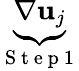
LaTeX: \underbrace{\nabla\mathbf{u}_{j}}_{\mathrm{~S~t~e~p~1~}}